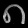
Digit: ၈